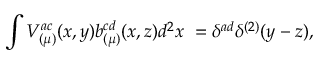
\int V _ { ( \mu ) } ^ { a c } ( x , y ) b _ { ( \mu ) } ^ { c d } ( x , z ) d ^ { 2 } x ~ = \delta ^ { a d } \delta ^ { ( 2 ) } ( y - z ) ,